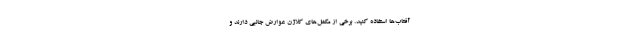
آفتاب‌ها استفاده کنید. برخی از مکمل‌های کلاژن عوارض جانبی دارند و